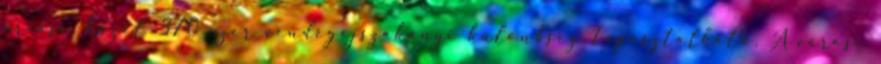
óriási, közel 370 ezer vendégéjszakányi különbség tapasztalható. A városi